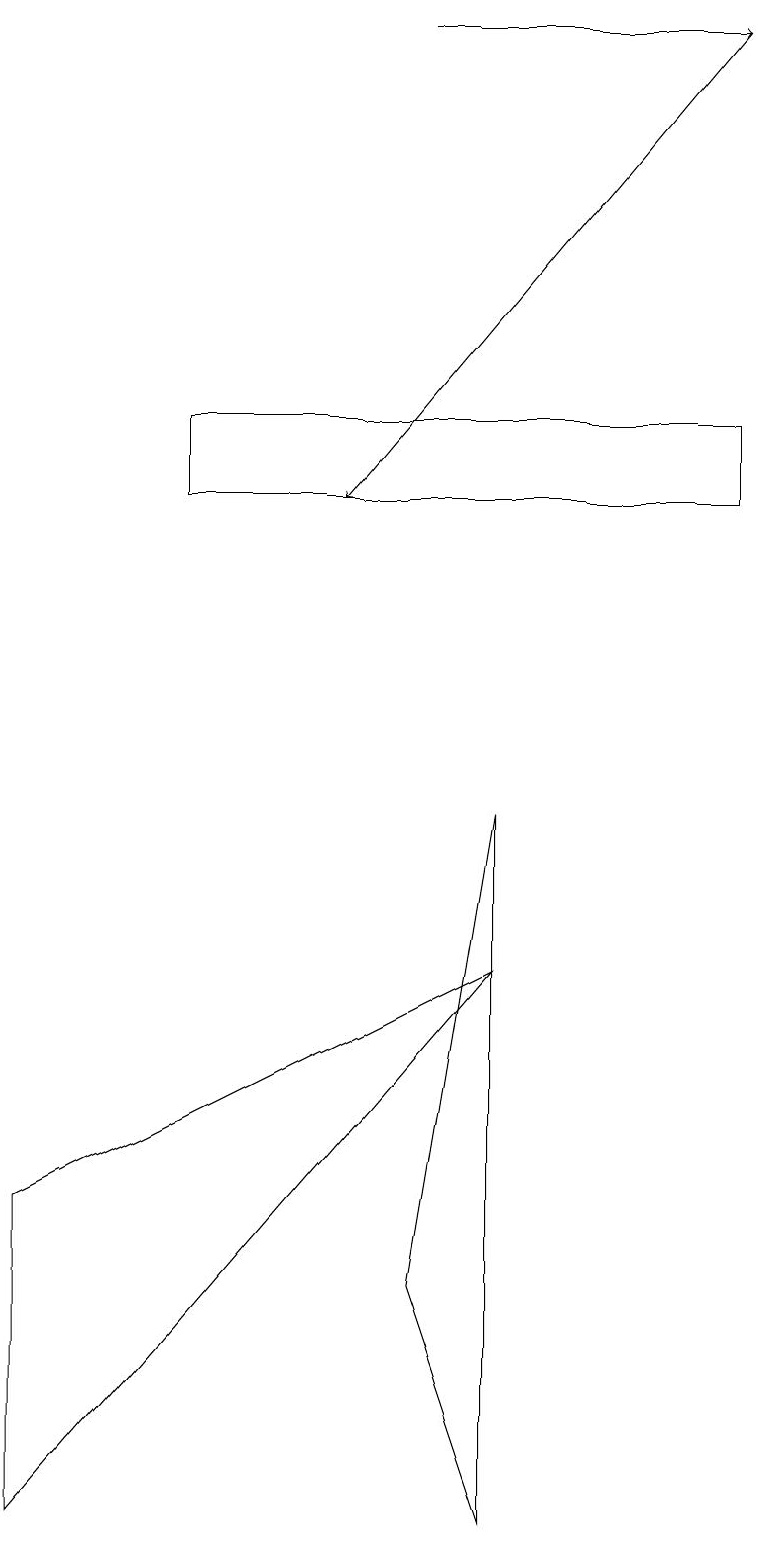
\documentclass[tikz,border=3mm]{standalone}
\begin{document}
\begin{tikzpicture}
\draw (0,4) -- (6,7) -- (0,0) -- cycle;
\draw (6,9) -- (6,0) -- (5,3) -- cycle;
\draw[->] (9,19) -- (4,13);
\draw (9,14) rectangle (2,13);
\draw[->] (5,19) -- (9,19);
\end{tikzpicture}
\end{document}